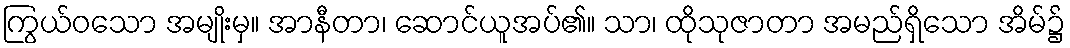
ကြွယ်ဝသော အမျိုးမှ။ အာနီတာ၊ ဆောင်ယူအပ်၏။ သာ၊ ထိုသုဇာတာ အမည်ရှိသော အိမ်၌